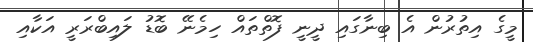
މީގެ އިތުރުން އެ ބިނާގައި ދީނީ ފޮތްތައް ހިމެނޭ ބޮޑު ލައިބްރަރީ އަކާއި